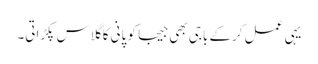
یہی عمل کرکے باجی بھی جیجا کو پانی کا گلاس پکڑاتی۔